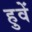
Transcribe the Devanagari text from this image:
हुवें